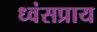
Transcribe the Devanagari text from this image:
ध्वंसप्राय